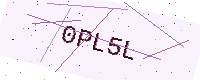
Text: 0PL5L